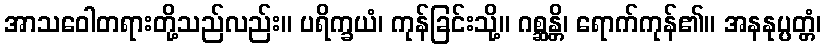
အာသဝေါတရားတို့သည်လည်း။ ပရိက္ခယံ၊ ကုန်ခြင်းသို့။ ဂစ္ဆန္တိ၊ ရောက်ကုန်၏။ အနနုပ္ပတ္တံ၊